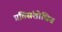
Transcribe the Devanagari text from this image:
प्रतिसंशोधित